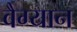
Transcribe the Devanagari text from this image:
वैग्यान